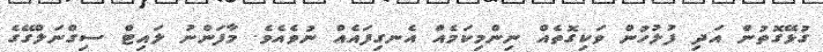
ގުޅޭގޮތުން އަދި ފުލުހުން ވަކިގޮތެއް ނިންމިކަމެއް އެނގިފައެއް ނުވެއެވެ. މާފަންނު ލައިޓް ސިގްނަލްގޭގެ